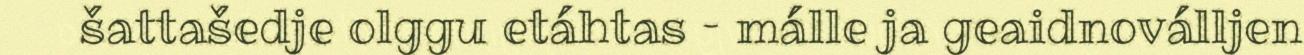
šattašedje olggu etáhtas – málle ja geaidnoválljen